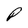
Character: P